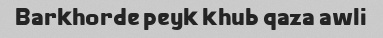
Barkhorde peyk khub qaza awli